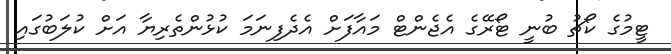
ޓީމުގެ ކޯޗު ބުނީ ޓޯރޭގެ އެޖެންޓް މައާފަށް އެދެފިނަމަ ކުޅުންތެރިޔާ އަށް ކުލަބުގައި